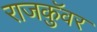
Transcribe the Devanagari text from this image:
राजकुॅवर